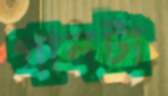
গানটা